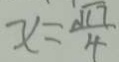
x = \frac { \sqrt { 1 7 } } { 4 }